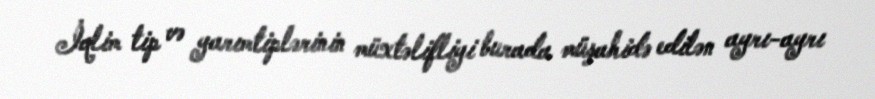
İqlim tip və yarımtiplərinin müxtəlifliyi burada müşahidə edilən ayrı-ayrı